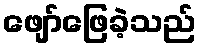
ဖျော်ဖြေခဲ့သည်